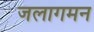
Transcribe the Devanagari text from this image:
जलागमन